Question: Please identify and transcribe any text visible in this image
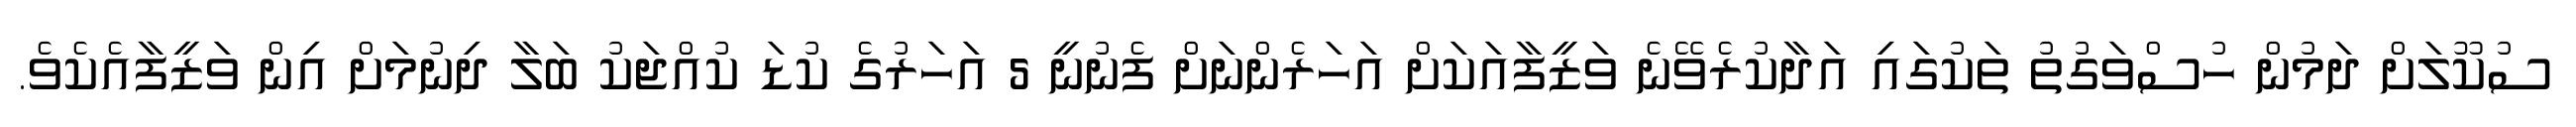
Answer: ސުކޫލަށް ދަމުން ހުސްވަގުތު ތަކުގައި އަދާކުރެވޭނެ ވަޒީފާއަކަށް އަހަރެންނަށް ފެނުނީ 5 އަހަރުގެ ކުޑަ ކުއްޖަކު ބަލާ ދިނުމަށް އިން ވަޒީފާއެކެވެ.